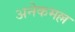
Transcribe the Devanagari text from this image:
अनेकमल्ल